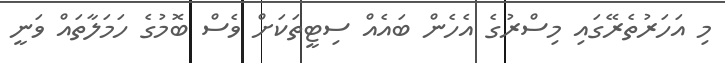
މި އަހަރުތެރޭގައި މިސްރުގެ އެހެން ބައެއް ސިޓީތަކަށް ވެސް ބޮމުގެ ހަމަލާތައް ވަނީ